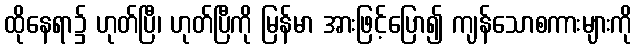
ထိုနေရာ၌ ဟုတ်ပြီ၊ ဟုတ်ပြီကို မြန်မာ အားဖြင့်ပြော၍ ကျန်သောစကားများကို